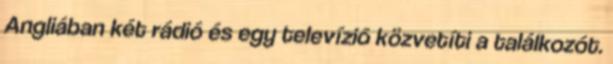
Angliában két rádió és egy televízió közvetíti a találkozót.